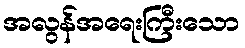
အလွန်အရေးကြီးသော